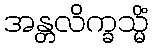
အန္တလိက္ခသ္မိံ